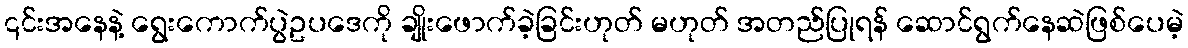
၎င်းအနေနဲ့ ရွေးကောက်ပွဲဥပဒေကို ချိုးဖောက်ခဲ့ခြင်းဟုတ် မဟုတ် အတည်ပြုရန် ဆောင်ရွက်နေဆဲဖြစ်ပေမဲ့